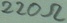
Text: 220Ω